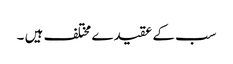
سب کے عقیدے مختلف ہیں ۔